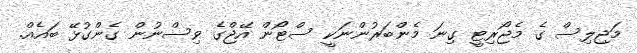
މަޖިލިސް ގެ މެޖޯރިޓީ ގިނަ މެންބަރުންނަކީ ސްޓޯން އޭޖްގެ ވިސްނުން ގެންގުޅޭ ބައެއް.